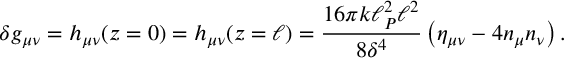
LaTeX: \delta g _ { \mu \nu } = h _ { \mu \nu } ( z = 0 ) = h _ { \mu \nu } ( z = \ell ) = { \frac { 1 6 \pi k \ell _ { P } ^ { 2 } \ell ^ { 2 } } { 8 \delta ^ { 4 } } } \left( \eta _ { \mu \nu } - 4 n _ { \mu } n _ { \nu } \right) .